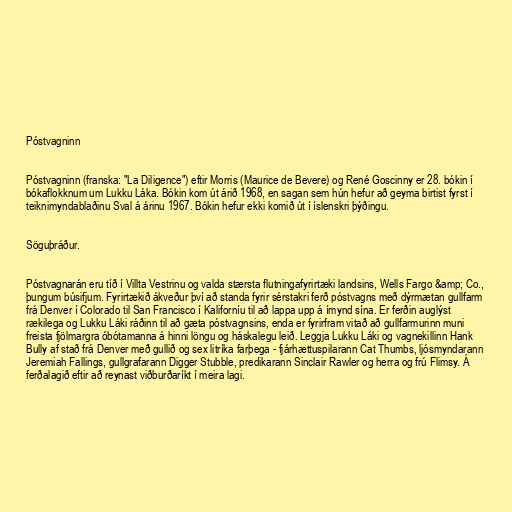
Póstvagninn

Póstvagninn (franska: "La Diligence") eftir Morris (Maurice de Bevere) og René Goscinny er 28. bókin í
bókaflokknum um Lukku Láka. Bókin kom út árið 1968, en sagan sem hún hefur að geyma birtist fyrst í
teiknimyndablaðinu Sval á árinu 1967. Bókin hefur ekki komið út í íslenskri þýðingu.

Söguþráður.

Póstvagnarán eru tíð í Villta Vestrinu og valda stærsta flutningafyrirtæki landsins, Wells Fargo &amp; Co.,
þungum búsifjum. Fyrirtækið ákveður því að standa fyrir sérstakri ferð póstvagns með dýrmætan gullfarm
frá Denver í Colorado til San Francisco í Kaliforníu til að lappa upp á ímynd sína. Er ferðin auglýst
rækilega og Lukku Láki ráðinn til að gæta póstvagnsins, enda er fyrirfram vitað að gullfarmurinn muni
freista fjölmargra óbótamanna á hinni löngu og háskalegu leið. Leggja Lukku Láki og vagnekillinn Hank
Bully af stað frá Denver með gullið og sex litríka farþega - fjárhættuspilarann Cat Thumbs, ljósmyndarann
Jeremiah Fallings, gullgrafarann Digger Stubble, predikarann Sinclair Rawler og herra og frú Flimsy. Á
ferðalagið eftir að reynast viðburðaríkt í meira lagi.